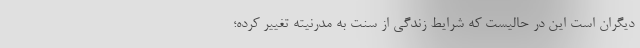
دیگران است این در حالیست که شرایط زندگی از سنت به مدرنیته تغییر کرده؛